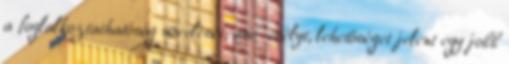
a foglalkoztathatóság növelését, ami “esélyt, lehetőséget jelent egy jobb